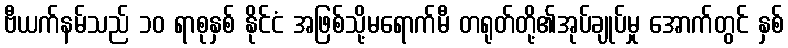
ဗီယက်နမ်သည် ၁၀ ရာစုနှစ် နိုင်ငံ အဖြစ်သို့မရောက်မီ တရုတ်တို့၏အုပ်ချုပ်မှု အောက်တွင် နှစ်